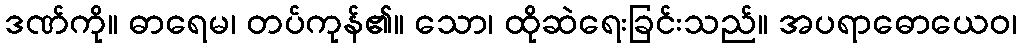
ဒဏ်ကို။ ဓာရေမ၊ တပ်ကုန်၏။ သော၊ ထိုဆဲရေးခြင်းသည်။ အပရာဓောယေဝ၊